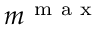
m ^ { \mathrm { ~ m ~ a ~ x ~ } }